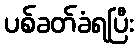
ပစ်ခတ်ခံရပြီး